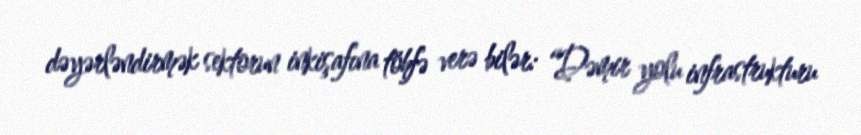
dəyərləndirmək sektorun inkişafına töhfə verə bilər: “Dəmir yolu infrastrukturu